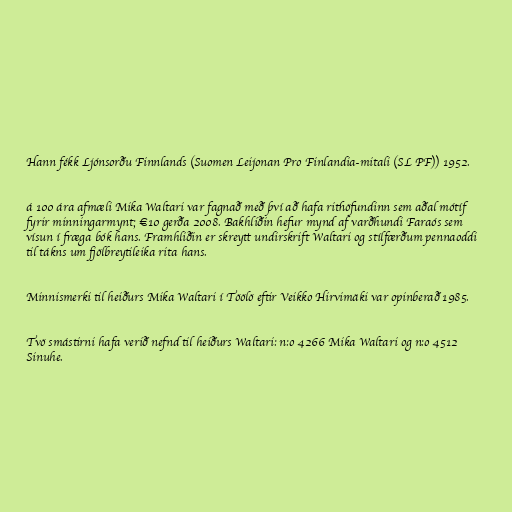
Hann fékk Ljónsorðu Finnlands (Suomen Leijonan Pro Finlandia-mitali (SL PF)) 1952.

á 100 ára afmæli Mika Waltari var fagnað með því að hafa rithöfundinn sem aðal mótíf
fyrir minningarmynt; €10 gerða 2008. Bakhliðin hefur mynd af varðhundi Faraós sem
vísun í fræga bók hans. Framhliðin er skreytt undirskrift Waltari og stílfærðum pennaoddi
til tákns um fjölbreytileika rita hans.

Minnismerki til heiðurs Mika Waltari í Töölö eftir Veikko Hirvimäki var opinberað 1985.

Tvö smástirni hafa verið nefnd til heiðurs Waltari: n:o 4266 Mika Waltari og n:o 4512
Sinuhe.